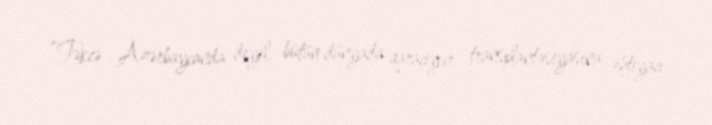
“Təkcə Azərbaycanda deyil, bütün dünyada qaraciyər transplantasiyasına ehtiyacı